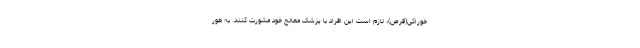
خوراکی(قرص)، لازم است این افراد با پزشک معالج خود مشورت کنند. به طور